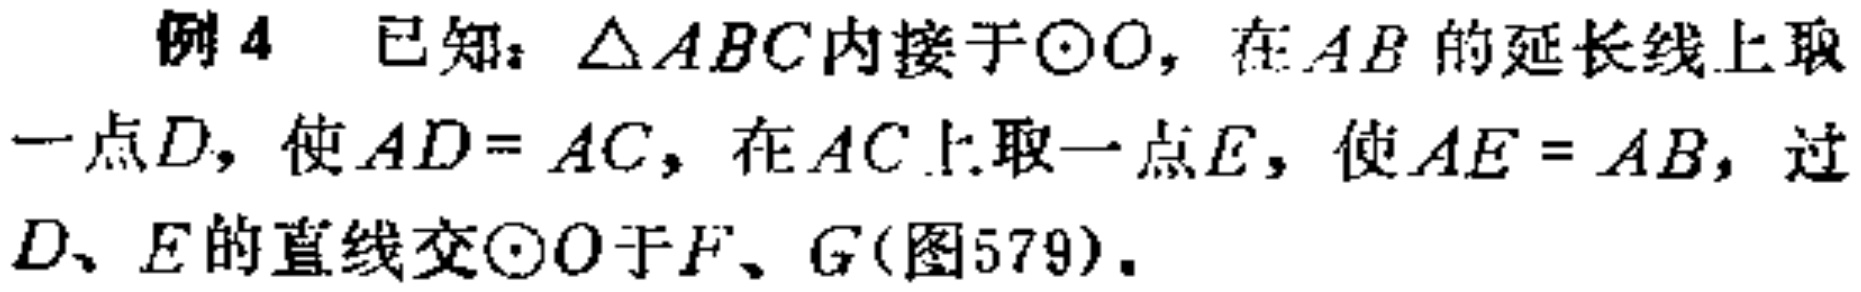
例4 已知：\(\triangle ABC\)内接于\(\odot O\)，在\(AB\)的延长线上取一点\(D\)，使\(AD = AC\)，在\(AC\)上取一点\(E\)，使\(AE = AB\)，过\(D\)、\(E\)的直线交\(\odot O\)于\(F\)、\(G\)(图579)。